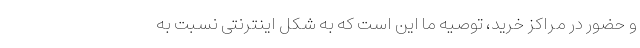
و حضور در مراکز خرید، توصیه ما این است که به شکل اینترنتی نسبت به